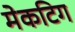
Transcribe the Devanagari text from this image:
मेकटिग